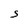
Character: S